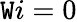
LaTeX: \mathtt{W}i=0